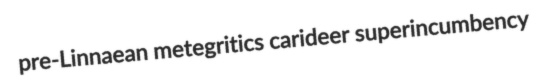
pre-Linnaean metegritics carideer superincumbency